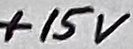
Text: +15V